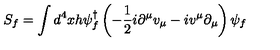
S _ { f } = \int d ^ { 4 } x h \psi _ { f } ^ { \dagger } \left( - \frac { 1 } { 2 } i \partial ^ { \mu } v _ { \mu } - i v ^ { \mu } \partial _ { \mu } \right) \psi _ { f }